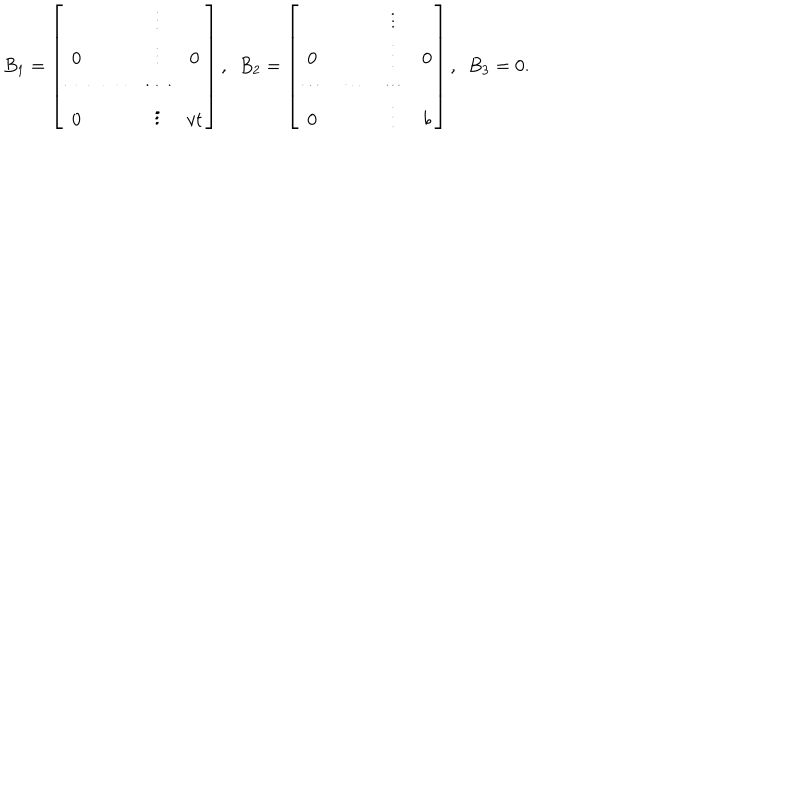
B _ { 1 } = \left[ \begin{matrix} { { } } & { { } } & { { \vdots } } & { { } } \\ { { 0 } } & { { } } & { { \vdots } } & { { 0 } } \\ { { \cdots } } & { { \cdots } } & { { \cdots } } & { { } } \\ { { 0 } } & { { } } & { { \vdots } } & { { v t } } \\ \end{matrix} \right] , \ \ B _ { 2 } = \left[ \begin{matrix} { { } } & { { } } & { { \vdots } } & { { } } \\ { { 0 } } & { { } } & { { \vdots } } & { { 0 } } \\ { { \cdots } } & { { \cdots } } & { { \cdots } } & { { } } \\ { { 0 } } & { { } } & { { \vdots } } & { { b } } \\ \end{matrix} \right] , \ \ B _ { 3 } = 0 .